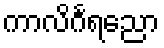
ကာလိင်္ဂရညော